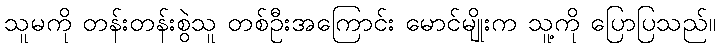
သူမကို တန်းတန်းစွဲသူ တစ်ဦးအကြောင်း မောင်မျိုးက သူ့ကို ပြောပြသည်။